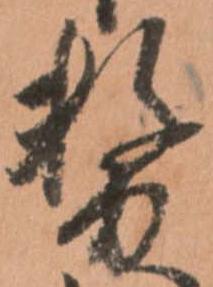
務